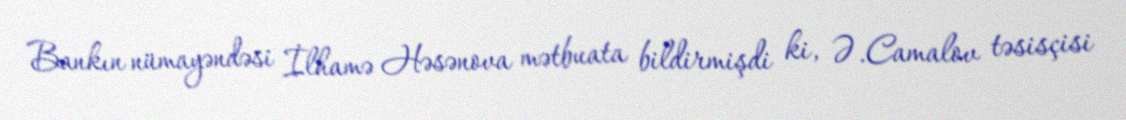
Bankın nümayəndəsi İlhamə Həsənova mətbuata bildirmişdi ki, Ə.Camalov təsisçisi